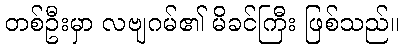
တစ်ဦးမှာ လဗျဂမ်၏ မိခင်ကြီး ဖြစ်သည်။